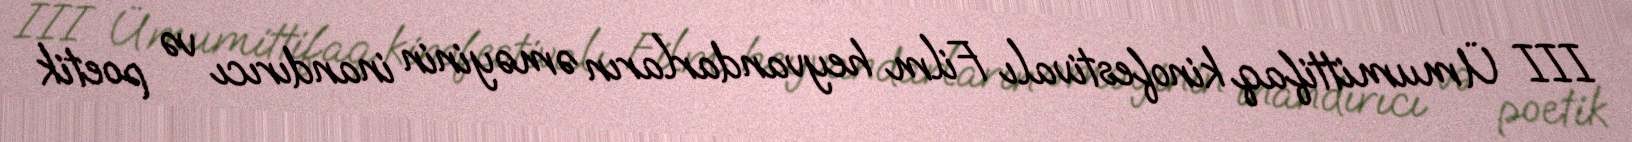
III Ümumittifaq kinofestivalı Film heyvandarların əməyinin inandırıcı və poetik